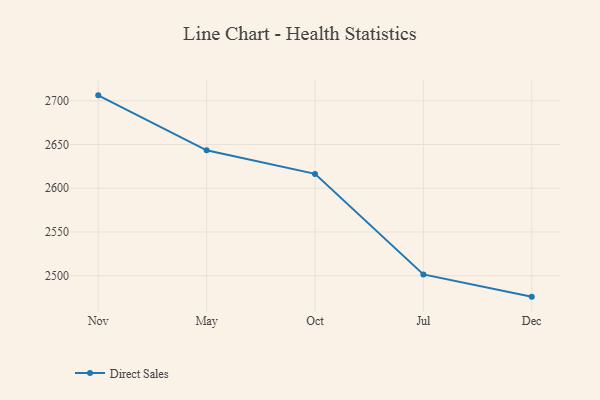
{"axis": {"x": "Month", "y": "Headcount"}, "legend": ["Direct Sales"], "data": [{"x": "Nov", "y": 2706.2, "type": "Direct Sales"}, {"x": "May", "y": 2643.3, "type": "Direct Sales"}, {"x": "Oct", "y": 2616.4, "type": "Direct Sales"}, {"x": "Jul", "y": 2501.4, "type": "Direct Sales"}, {"x": "Dec", "y": 2476.0, "type": "Direct Sales"}]}